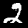
Digit: 2